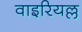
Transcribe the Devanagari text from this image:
वाइरियल्ल